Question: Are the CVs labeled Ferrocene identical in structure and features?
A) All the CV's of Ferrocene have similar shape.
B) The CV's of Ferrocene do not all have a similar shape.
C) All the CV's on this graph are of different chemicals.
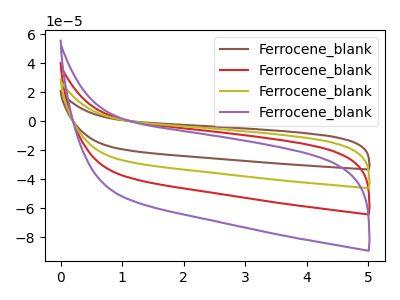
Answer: <think>The brown curve "Ferrocene_blank1" has no peaks. The red curve "Ferrocene_blank2" has no peaks. The olive curve "Ferrocene_blank3" has no peaks. The purple curve "Ferrocene_blank4" has no peaks.
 Neither "Ferrocene_blank1" or "Ferrocene_blank2" have any peaks. Neither "Ferrocene_blank1" or "Ferrocene_blank3" have any peaks. Neither "Ferrocene_blank1" or "Ferrocene_blank4" have any peaks. Neither "Ferrocene_blank2" or "Ferrocene_blank3" have any peaks. Neither "Ferrocene_blank2" or "Ferrocene_blank4" have any peaks. Neither "Ferrocene_blank3" or "Ferrocene_blank4" have any peaks.</think>
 <answer>A) All the CV's of "Ferrocene" have similar shape.</answer>
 <eval>A</eval>